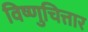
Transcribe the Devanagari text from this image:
विष्णुचित्तार